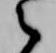
之